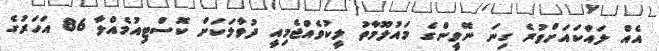
އެއް ލައްކައަށްވުރެ ގިނަ ނޭވީންގެ މައުލޫމާތު ލީކުވެއްޖެމިއީ ދުވާލަކަށް ކޮސްޓިއުމެއްލާ 86 އަހަރުގެ